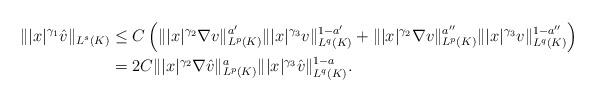
LaTeX: \begin{align*} \||x|^{\gamma_1}\hat{v}\|_{L^s(K)} & \le C\left(\||x|^{\gamma_2}\nabla v\|_{L^p(K)}^{a'}\||x|^{\gamma_3}v\|_{L^q(K)}^{1-a'}+\||x|^{\gamma_2}\nabla v\|_{L^p(K)}^{a''}\||x|^{\gamma_3}v\|_{L^q(K)}^{1-a''}\right)\\ & =2C\||x|^{\gamma_2}\nabla \hat{v}\|_{L^p(K)}^a\||x|^{\gamma_3}\hat{v}\|_{L^{q}(K)}^{1-a}. \end{align*}